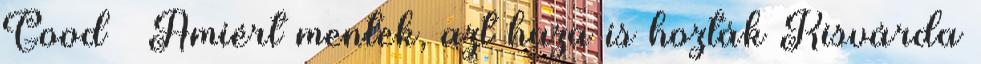
Good – Amiért mentek, azt haza is hozták Kisvárda